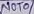
Text: NOT0